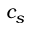
c _ { s }